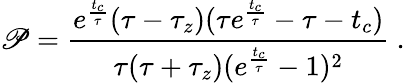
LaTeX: \mathscr{P}=\frac{e^{\frac{t_{c}}{\tau}}(\tau-\tau_{z})(\tau e^{\frac{t_{c}}{\tau}}-\tau-t_{c})}{\tau(\tau+\tau_{z})(e^{\frac{t_{c}}{\tau}}-1)^{2}}~.